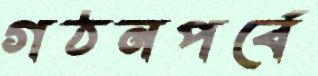
গঠনপর্বে